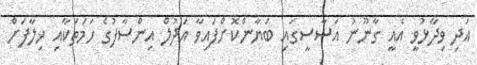
އަދި ވިދާޅުވީ އެއީ ގާނޫނު އަސާސީގައި ބަޔާންކޮށްފައިވާ އަދުލް އިންސާފުގެ ހަމަތަކާއި ޚިލާފަށް